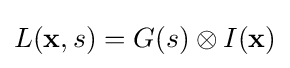
L(\mathbf {x} ,s)=G(s)\otimes I(\mathbf {x} )